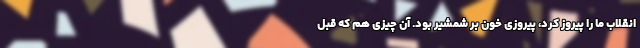
انقلاب ما را پیروز کرد، پیروزی خون بر شمشیر بود. آن چیزی هم که قبل